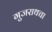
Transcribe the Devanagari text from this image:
गुजराथचा